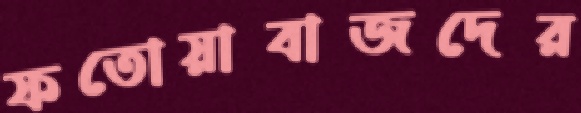
ফতোয়াবাজদের